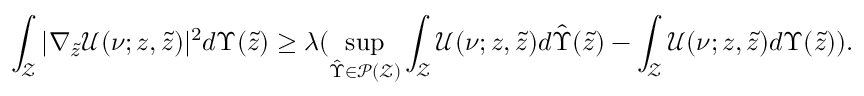
\int _ { \mathcal { Z } } | \nabla _ { \tilde { z } } \mathcal { U } ( \nu ; z , \tilde { z } ) | ^ { 2 } d \Upsilon ( \tilde { z } ) \geq \lambda ( \operatorname* { s u p } _ { \hat { \Upsilon } \in \mathcal { P } ( \mathcal { Z } ) } \int _ { \mathcal { Z } } \mathcal { U } ( \nu ; z , \tilde { z } ) d \hat { \Upsilon } ( \tilde { z } ) - \int _ { \mathcal { Z } } \mathcal { U } ( \nu ; z , \tilde { z } ) d { \Upsilon } ( \tilde { z } ) ) .